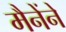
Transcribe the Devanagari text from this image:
मैनेंने